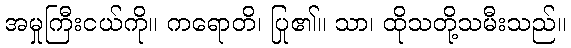
အမှုကြီးငယ်ကို။ ကရောတိ၊ ပြု၏။ သာ၊ ထိုသတို့သမီးသည်။